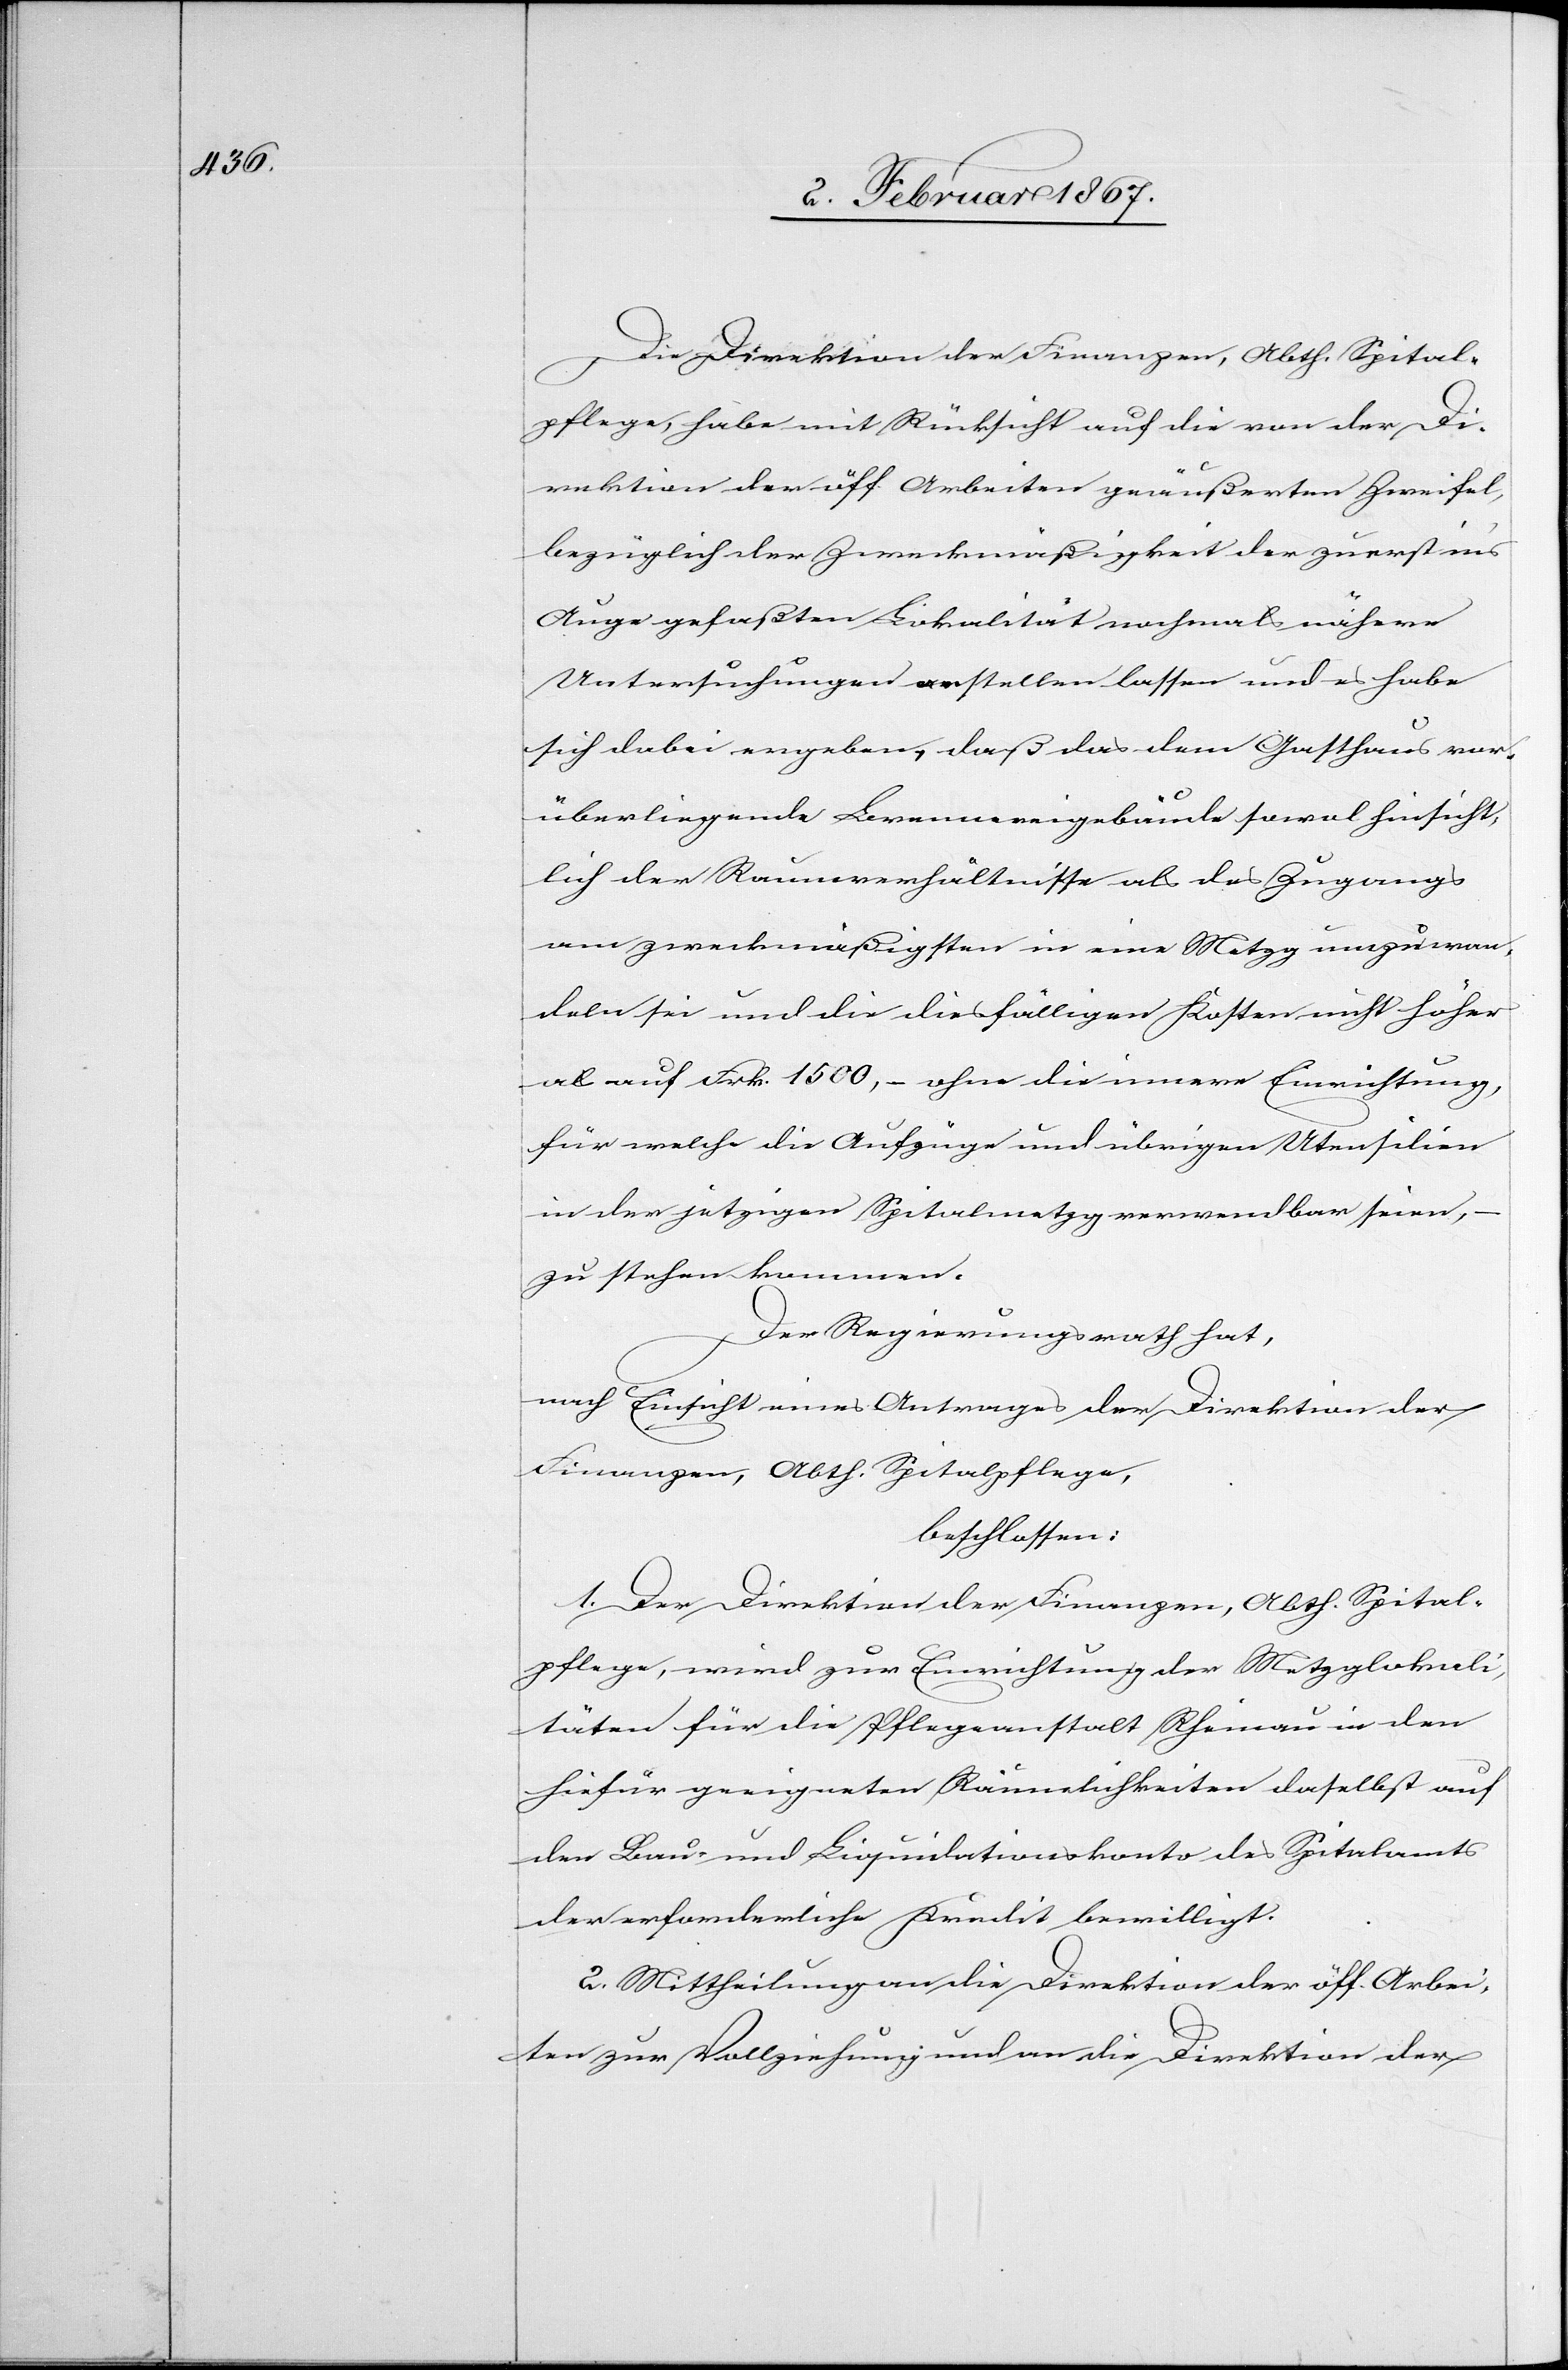
Die Direktion der Finanzen, Abth. Spital¬
pflege, habe mit Rücksicht auf die von der Di¬
rektion der öff. Arbeiten geäußerten Zweifel,
bezüglich der Zweckmäßigkeit der zuerst ins
Auge gefaßten Lokalität nochmals nähere
Untersuchungen anstellen lassen und es habe
sich dabei ergeben, daß das dem Gasthaus vor¬
überliegende Brennereigebäude sowol hinsicht¬
lich der Raumverhältnisse als des Zugangs
am zweckmäßigsten in eine Metzg umzuwan¬
deln sei und die diesfälligen Kosten nicht höher
als auf Frk. 1500. – ohne die innere Einrichtung,
für welche die Aufzüge und übrigen Utensilien
in der jetzigen Spitalmetzg verwendbar seien,
zu stehen kommen.
Der Regierungsrath hat,
nach Einsicht eines Antrages der Direktion der
Finanzen, Abth. Spitalpflege,
beschlossen:
1. Der Direktion der Finanzen, Abth. Spital¬
pflege, wird zur Einrichtung der Metzglokali¬
täten für die Pflegeanstalt Rheinau in den
hiefür geeigneten Räumlichkeiten daselbst auf
Bau- und Liquidationskonto des Spitalamts
der erforderliche Kredit bewilligt.
2. Mittheilung an die Direktion der öff. Arbei¬
ten zur Vollziehung und an die Direktion der